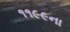
૧૧૯૯ના